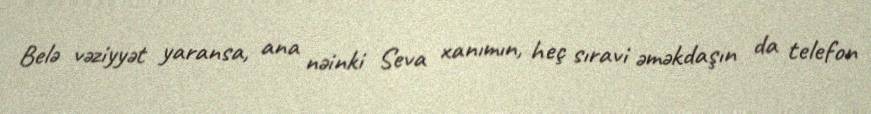
Belə vəziyyət yaransa, ana nəinki Seva xanımın, heç sıravi əməkdaşın da telefon